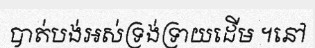
បាត់បង់អស់ទ្រង់ទ្រាយដើម ។នៅ